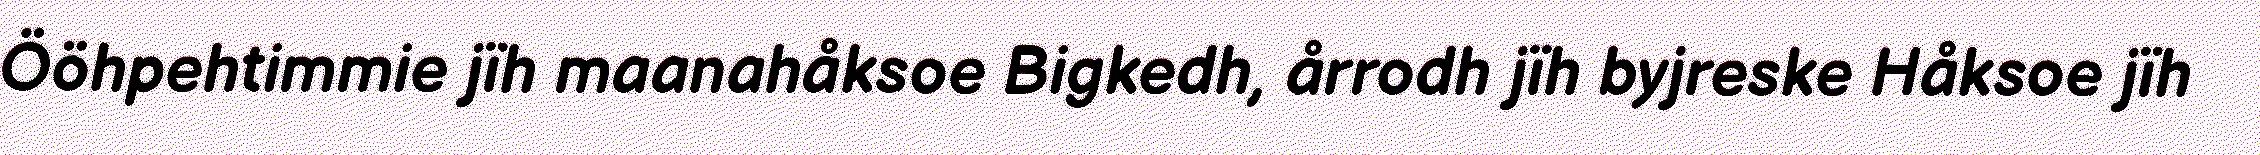
Ööhpehtimmie jïh maanahåksoe Bigkedh, årrodh jïh byjreske Håksoe jïh